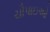
ચૌપાઇઓ